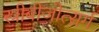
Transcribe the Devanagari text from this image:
स्त्रीबीजोत्सर्ग